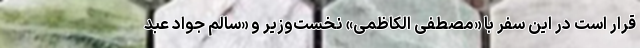
قرار است در این سفر با «مصطفی الکاظمی» نخست‌وزیر و «سالم جواد عبد